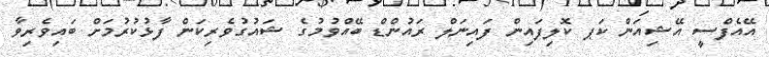
އޭއެފްސީ އޭޝިއަން ކަޕ ކޮލިފައިން ފައިނަލް ރައުންޑް ބޭއްވުމުގެ ޝައުގުވެރިކަން ފާޅުކުރުމަށް ބައިވެރިވާ